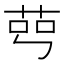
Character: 𦰉